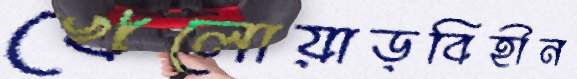
খেলোয়াড়বিহীন